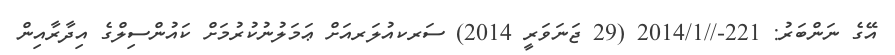
އޭގެ ނަންބަރު: 221-//2014/1 (29 ޖަނަވަރީ 2014) ސަރކއުލަރއަށް ޢަމަލުނުކުރުމަށް ކައުންސިލްގެ އިދާރާއިން